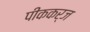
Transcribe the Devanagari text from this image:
पीककर्ज